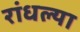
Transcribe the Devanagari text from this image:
रांधल्या